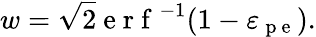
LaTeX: w=\sqrt{2}\mathrm{~e~r~f~}^{-1}(1-\varepsilon_{\mathrm{~p~e~}}).